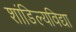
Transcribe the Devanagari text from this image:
शांडिल्यविद्या